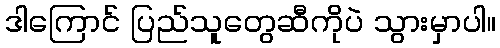
ဒါကြောင် ပြည်သူတွေဆီကိုပဲ သွားမှာပါ။